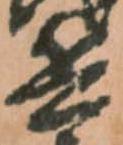
兵